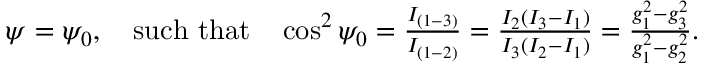
\begin{array} { r } { \psi = \psi _ { 0 } , \quad \mathrm { s u c h ~ t h a t } \quad \cos ^ { 2 } \psi _ { 0 } = \frac { I _ { ( 1 - 3 ) } } { I _ { ( 1 - 2 ) } } = \frac { I _ { 2 } ( I _ { 3 } - I _ { 1 } ) } { I _ { 3 } ( I _ { 2 } - I _ { 1 } ) } = \frac { g _ { 1 } ^ { 2 } - g _ { 3 } ^ { 2 } } { g _ { 1 } ^ { 2 } - g _ { 2 } ^ { 2 } } . } \end{array}